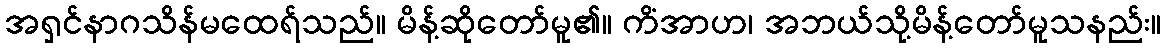
အရှင်နာဂသိန်မထေရ်သည်။ မိန့်ဆိုတော်မူ၏။ ကိံအာဟ၊ အဘယ်သို့မိန့်တော်မူသနည်း။